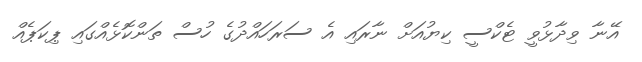
އޭނާ ވިދާޅުވީ ޓެކްސީ ކިޔުއަށް ނާރައި އެ ސަރަހައްދުގެ ހުސް ތަންކޮޅެއްގައި ޕިކަޕެއް